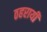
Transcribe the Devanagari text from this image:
ठहरायी